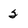
Character: 2